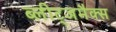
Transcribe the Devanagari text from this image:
ब्लीट्जमैक्स